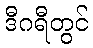
ဒီဂရီတွင်